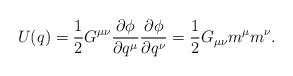
\begin{align*}U(q) = \frac{1}{2} G^{\mu\nu}\frac{\partial \phi}{\partial q^{\mu}}\frac{\partial \phi}{\partial q^{\nu}} = \frac{1}{2}G_{\mu\nu}m^{\mu}m^{\nu}.\end{align*}